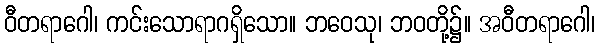
ဝီတရာဂေါ၊ ကင်းသောရာဂရှိသော။ ဘဝေသု၊ ဘဝတို့၌။ အဝီတရာဂေါ၊